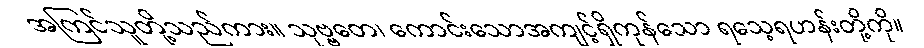
အကြင်သူတို့သည်ကား။ သုဗ္ဗတေ၊ ကောင်းသောအကျင့်ရှိကုန်သော ရသေ့ရဟန်းတို့ကို။